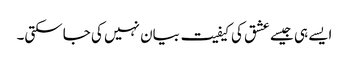
ایسے ہی جیسے عشق کی کیفیت بیان نہیں کی جاسکتی۔